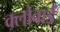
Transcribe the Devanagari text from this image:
क्लोवार्ड